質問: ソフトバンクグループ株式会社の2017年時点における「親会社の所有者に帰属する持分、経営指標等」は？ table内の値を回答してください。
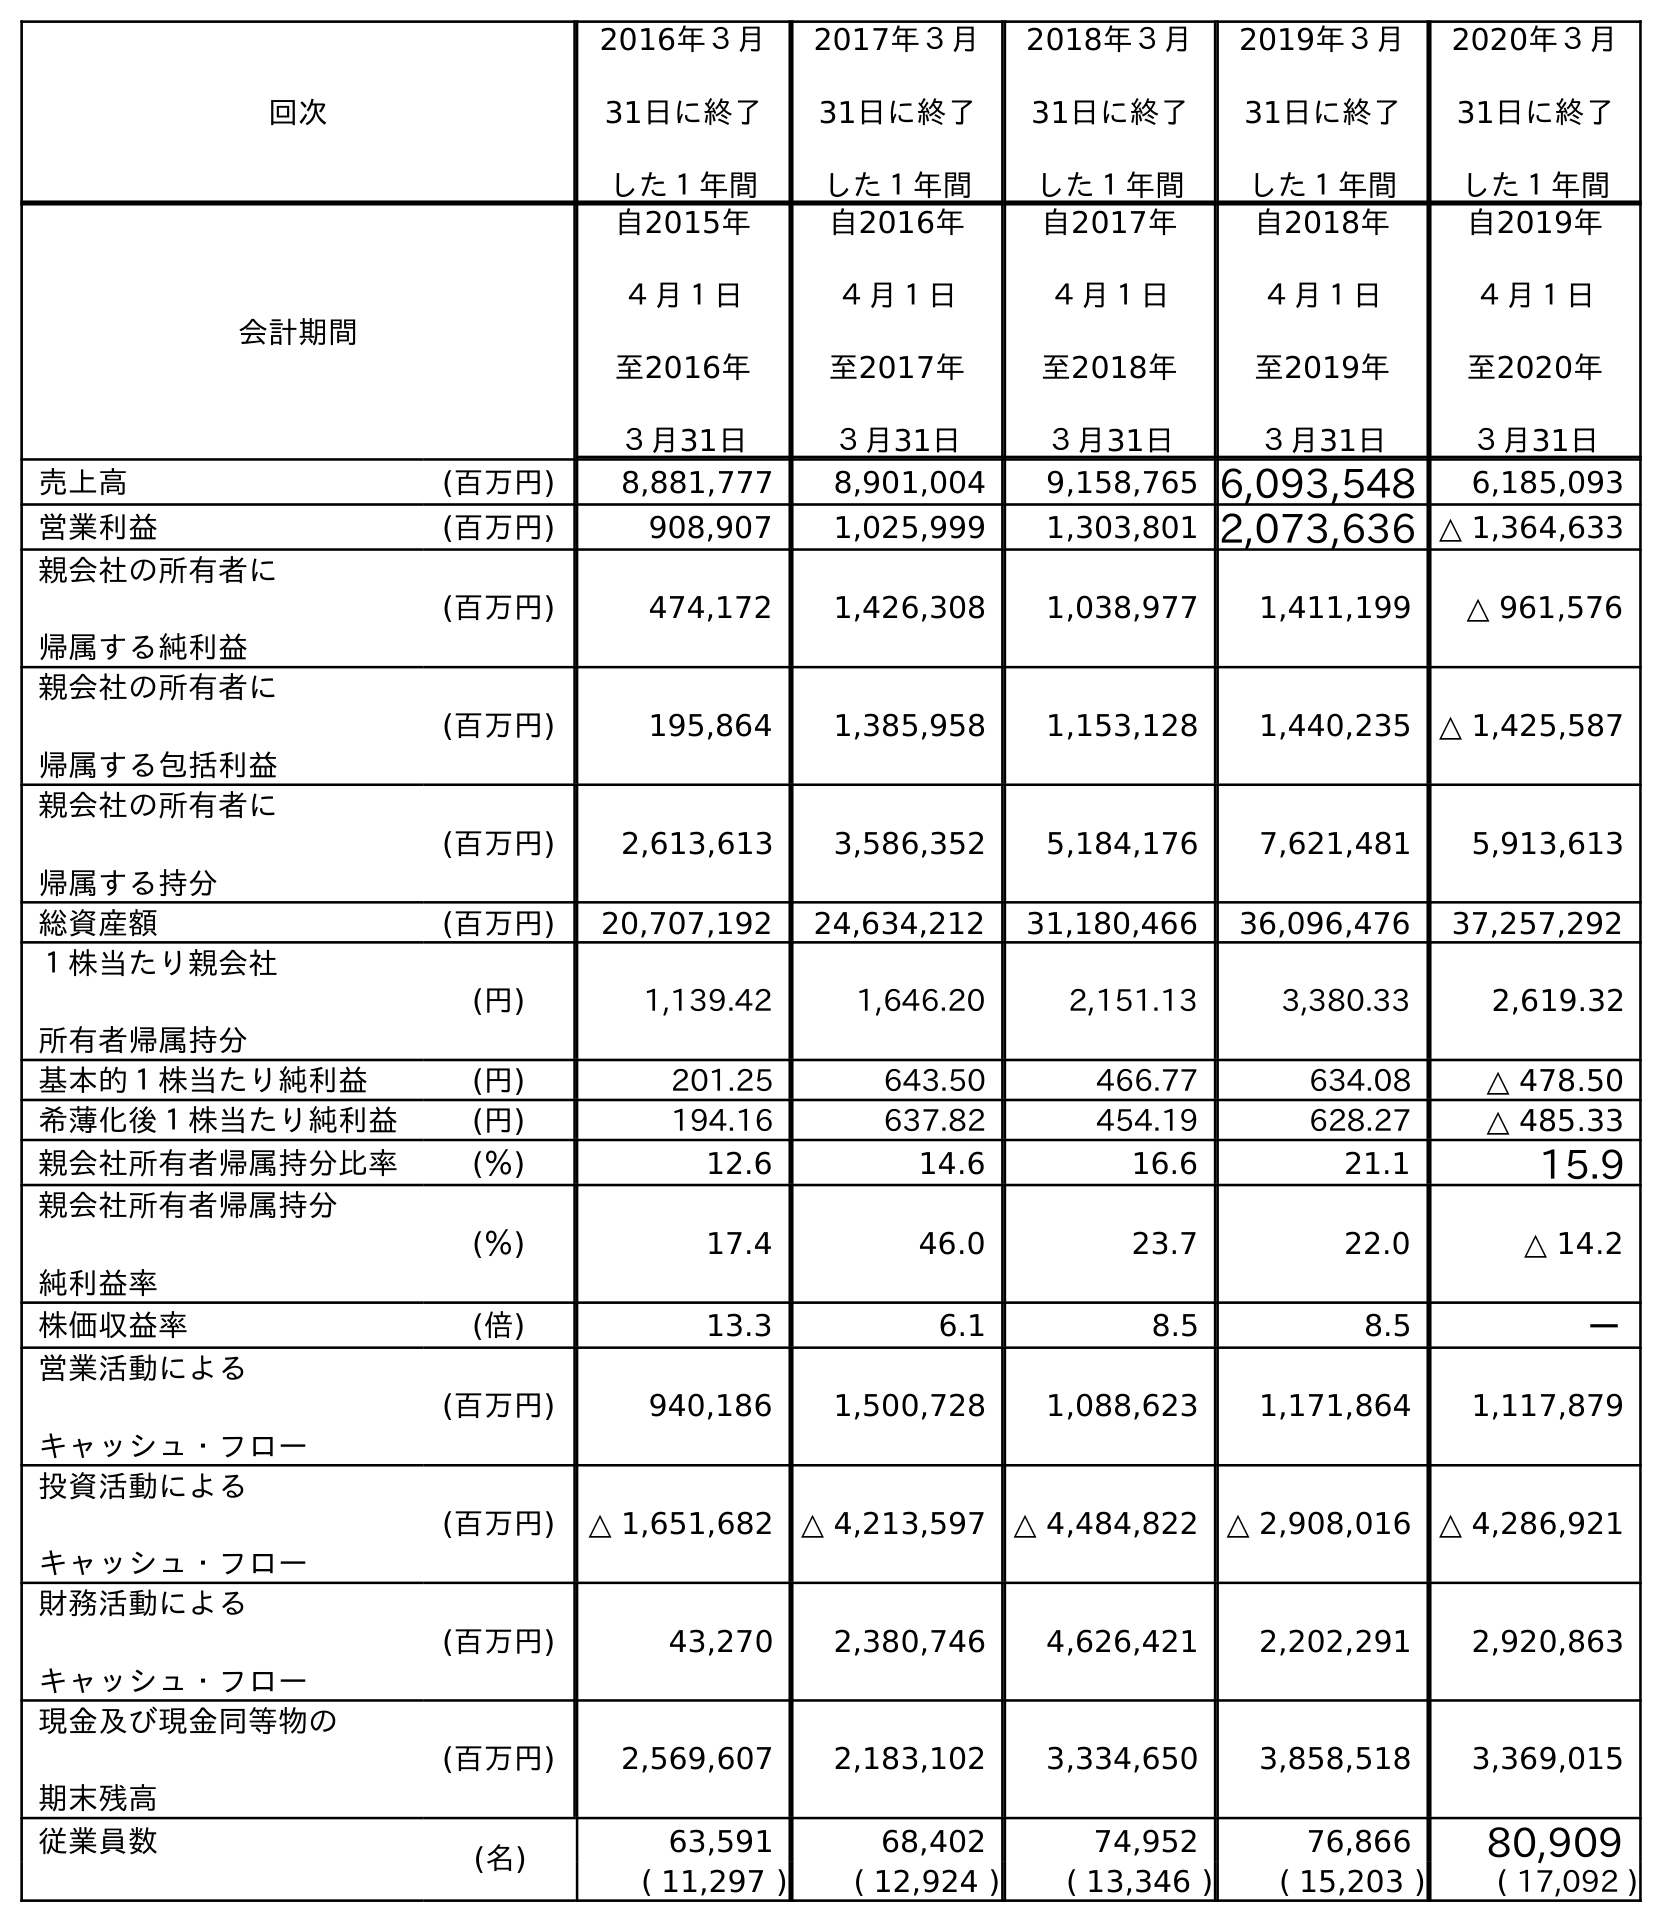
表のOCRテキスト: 回次 2016年３月 31日に終了 した１年間 2017年３月 31日に終了 した１年間 2018年３月 31日に終了 した１年間 2019年３月 31日に終了 した１年間 2020年３月 31日に終了 した１年間 会計期間 自2015年 ４月１日 至2016年 ３月31日 自2016年 ４月１日 至2017年 ３月31日 自2017年 ４月１日 至2018年 ３月31日 自2018年 ４月１日 至2019年 ３月31日 自2019年 ４月１日 至2020年 ３月31日 売上高 (百万円) 8,881,777 8,901,004 9,158,765 6,093,548 6,185,093 営業利益 (百万円) 908,907 1,025,999 1,303,801 2,073,636 △ 1,364,633 親会社の所有者に 帰属する純利益 (百万円) 474,172 1,426,308 1,038,977 1,411,199 △ 961,576 親会社の所有者に 帰属する包括利益 (百万円) 195,864 1,385,958 1,153,128 1,440,235 △ 1,425,587 親会社の所有者に 帰属する持分 (百万円) 2,613,613 3,586,352 5,184,176 7,621,481 5,913,613 総資産額 (百万円) 20,707,192 24,634,212 31,180,466 36,096,476 37,257,292 １株当たり親会社 所有者帰属持分 (円) 1,139.42 1,646.20 2,151.13 3,380.33 2,619.32 基本的１株当たり純利益 (円) 201.25 643.50 466.77 634.08 △ 478.50 希薄化後１株当たり純利益 (円) 194.16 637.82 454.19 628.27 △ 485.33 親会社所有者帰属持分比率 (％) 12.6 14.6 16.6 21.1 15.9 親会社所有者帰属持分 純利益率 (％) 17.4 46.0 23.7 22.0 △ 14.2 株価収益率 (倍) 13.3 6.1 8.5 8.5 － 営業活動による キャッシュ・フロー (百万円) 940,186 1,500,728 1,088,623 1,171,864 1,117,879 投資活動による キャッシュ・フロー (百万円) △ 1,651,682 △ 4,213,597 △ 4,484,822 △ 2,908,016 △ 4,286,921 財務活動による キャッシュ・フロー (百万円) 43,270 2,380,746 4,626,421 2,202,291 2,920,863 現金及び現金同等物の 期末残高 (百万円) 2,569,607 2,183,102 3,334,650 3,858,518 3,369,015 従業員数 (名) 63,591 68,402 74,952 76,866 80,909 ( 11,297 ) ( 12,924 ) ( 13,346 ) ( 15,203 ) ( 17,092 )
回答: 3,586,352